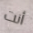
أنت